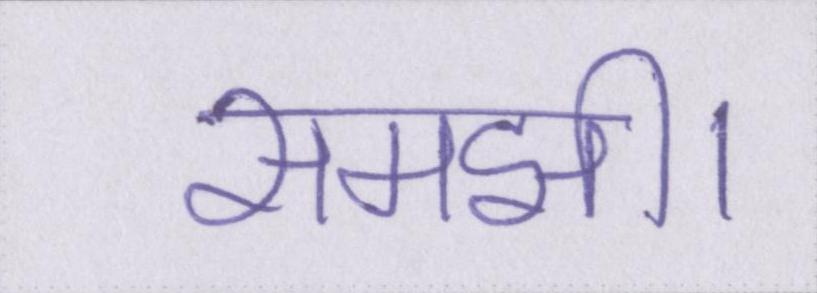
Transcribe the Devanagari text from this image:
समझी।